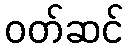
ဝတ်ဆင်